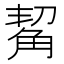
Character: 觢